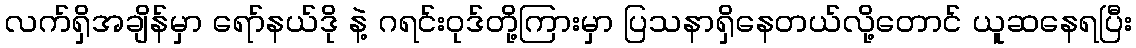
လက်ရှိအချိန်မှာ ရော်နယ်ဒို နဲ့ ဂရင်းဝုဒ်တို့ကြားမှာ ပြသနာရှိနေတယ်လို့တောင် ယူဆနေရပြီး